Sanitation, dispensaries and jails vaccination Rajputana 1922-1927 - 1922-1927
Year: 1922
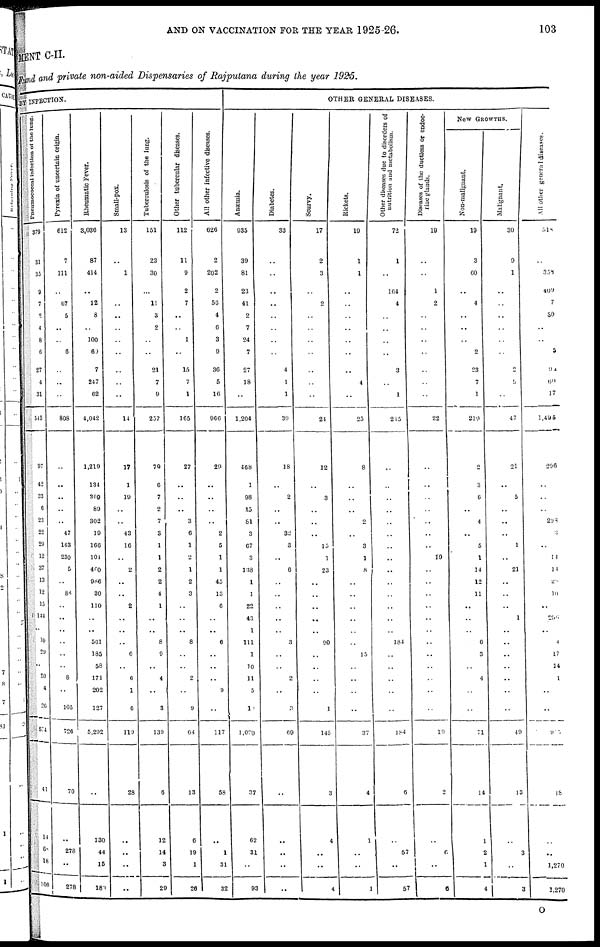
AND ON VACCINATION FOR THE YEAR 1925 26.
103
MENT C-II.
Fund and private non-aided Dispensaries of Rajputana during the year 1926.
BY INFECTION.
Pneumococcal
Infection
of
the
lung.
379
31
35
9
7
2
4
8
6
27
4
31
543
97
42
33
6
23
22
29
12
37
13
12
15
144
..
10
29
..
20
4
26
574
41
14
68
18
100
Pyrexia of uncertain origin.
612
7
111
..
67
5
..
..
6
..
..
..
808
..
..
..
..
..
47
163
230
5
..
88
..
..
..
..
..
..
8
..
105
726
70
..
278
..
278
Rheumatic Fever.
3,036
87
414
..
12
8
..
100
60
7
247
62
4,042
1,219
134
369
89
302
19
166
104
460
986
30
110
..
..
561
185
58
171
202
127
5,292
..
130
44
15
180
Small-pox.
13
..
1
..
..
..
..
..
..
..
..
..
14
17
1
19
..
..
43
16
..
2
..
..
2
..
..
..
6
..
6
1
6
119
28
..
..
..
..
Tuberculosis of the lung.
151
23
30
..
11
3
2
..
..
21
7
9
237
79
6
7
2
7
3
1
1
2
2
4
1
..
..
8
9
..
4
..
3
139
6
12
14
3
29
Other tubercular diseases.
112
11
9
2
7
..
..
1
..
15
7
1
165
27
..
..
..
3
6
1
2
1
2
3
..
..
..
8
..
..
2
..
9
64
13
6
19
1
26
All other infective diseases.
626
2
202
2
56
4
6
3
9
36
5
16
966
29
..
..
..
..
2
5
1
1
45
13
6
..
..
6
..
..
..
9
..
117
58
..
1
31
32
OTHER GENERAL DISEASES.
Anœmia.
935
39
81
23
41
2
7
24
7
27
18
..
1,204
468
1
98
13
81
3
67
3
138
1
1
22
43
1
111
1
10
11
5
1
1,090
37
62
31
..
93
Diabetes.
33
..
..
..
..
..
..
..
..
4
1
1
39
18
..
2
..
..
32
3
..
6
..
..
..
..
..
3
..
..
2
..
3
69
..
..
..
..
..
Scurvy.
17
2
3
..
2
..
..
..
..
..
..
..
24
12
..
3
..
..
..
15
1
23
..
..
..
..
..
90
..
..
..
..
1
145
3
4
..
..
4
Rickets.
19
1
1
..
..
..
..
..
..
..
4
..
25
8
..
..
..
2
..
3
1
8
..
..
..
..
..
..
15
..
..
..
..
37
4
1
..
..
1
Other diseases due to disorders of
nutrition and metabolism.
72
1
..
164
4
..
..
..
..
3
..
1
245
..
..
..
..
..
..
..
..
..
..
..
..
..
..
184
..
..
..
..
..
184
6
..
57
..
57
Diseases of the ductless or endoc-
rine glands.
19
..
..
1
2
..
..
..
..
..
..
..
22
..
..
..
..
..
..
..
19
..
..
..
..
..
..
..
..
..
..
..
..
19
2
..
6
..
6
NEW GROWTHS.
Non-malignant.
19
3
60
..
4
..
..
..
2
23
7
1
219
2
3
6
..
4
..
5
1
14
12
11
..
..
..
6
3
..
4
..
..
71
14
1
2
1
4
Malignant.
30
9
1
..
..
..
..
..
..
2
5
..
47
21
..
5
..
..
..
1
..
21
..
..
..
1
..
..
..
..
..
..
..
49
13
..
3
..
3
All other general diseases.
518
..
358
409
7
30
..
..
5
91
60
17
1,495
296
..
..
..
208
3
..
14
14
20
10
..
256
..
4
17
14
1
..
..
905
18
..
..
1,270
1,270
O